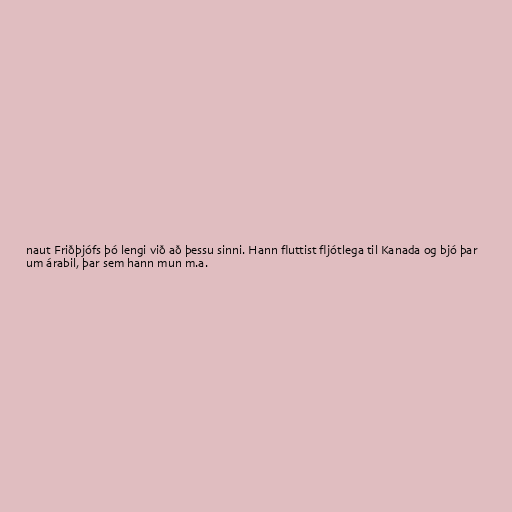
naut Friðþjófs þó lengi við að þessu sinni. Hann fluttist fljótlega til Kanada og bjó þar
um árabil, þar sem hann mun m.a.